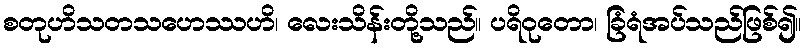
စတုဟိသတသဟေဿဟိ၊ လေးသိန်းတို့သည်။ ပရိဝုတော၊ ခြံရံအပ်သည်ဖြစ်၍။